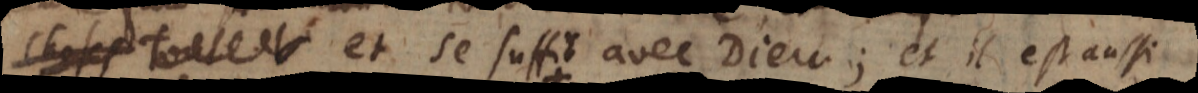
hoses toute et se suffit avec Dieu; et il est aussi